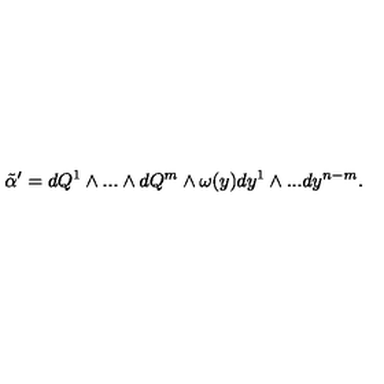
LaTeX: { \tilde { \alpha } } ^ { \prime } = d Q ^ { 1 } \wedge . . . \wedge d Q ^ { m } \wedge \omega ( y ) d y ^ { 1 } \wedge . . . d y ^ { n - m } .